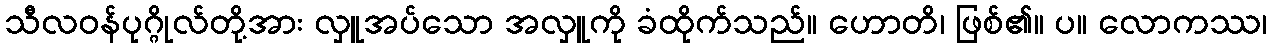
သီလဝန်ပုဂ္ဂိုလ်တို့အား လှူအပ်သော အလှူကို ခံထိုက်သည်။ ဟောတိ၊ ဖြစ်၏။ ပ။ လောကဿ၊